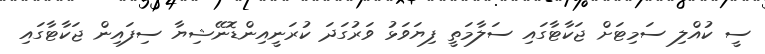
ސީ ކުއްލި ސަމިޓަށް ޖަކާޓާގައި ސަލާމަތީ ފިޔަވަޅު ވަރުގަދަ ކުރަނީއިންޑޮނޭޝިޔާ ސިފައިން ޖަކާޓާގައި